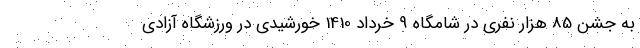
به جشن 85 هزار نفری در شامگاه 9 خرداد 1410 خورشیدی در ورزشگاه آزادی